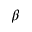
\beta